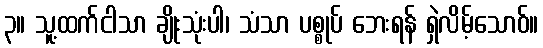
၃။ သူ့ထက်ငါသာ ချိုးသုံးပါ၊ သံသာ ပစ္စုပ် ဘေးရန် ရှဲလိမ့်သောဝ်။